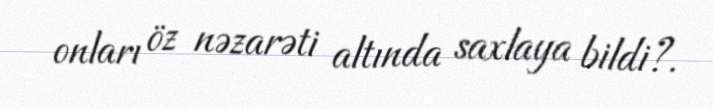
onları öz nəzarəti altında saxlaya bildi?.